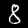
Label: 8